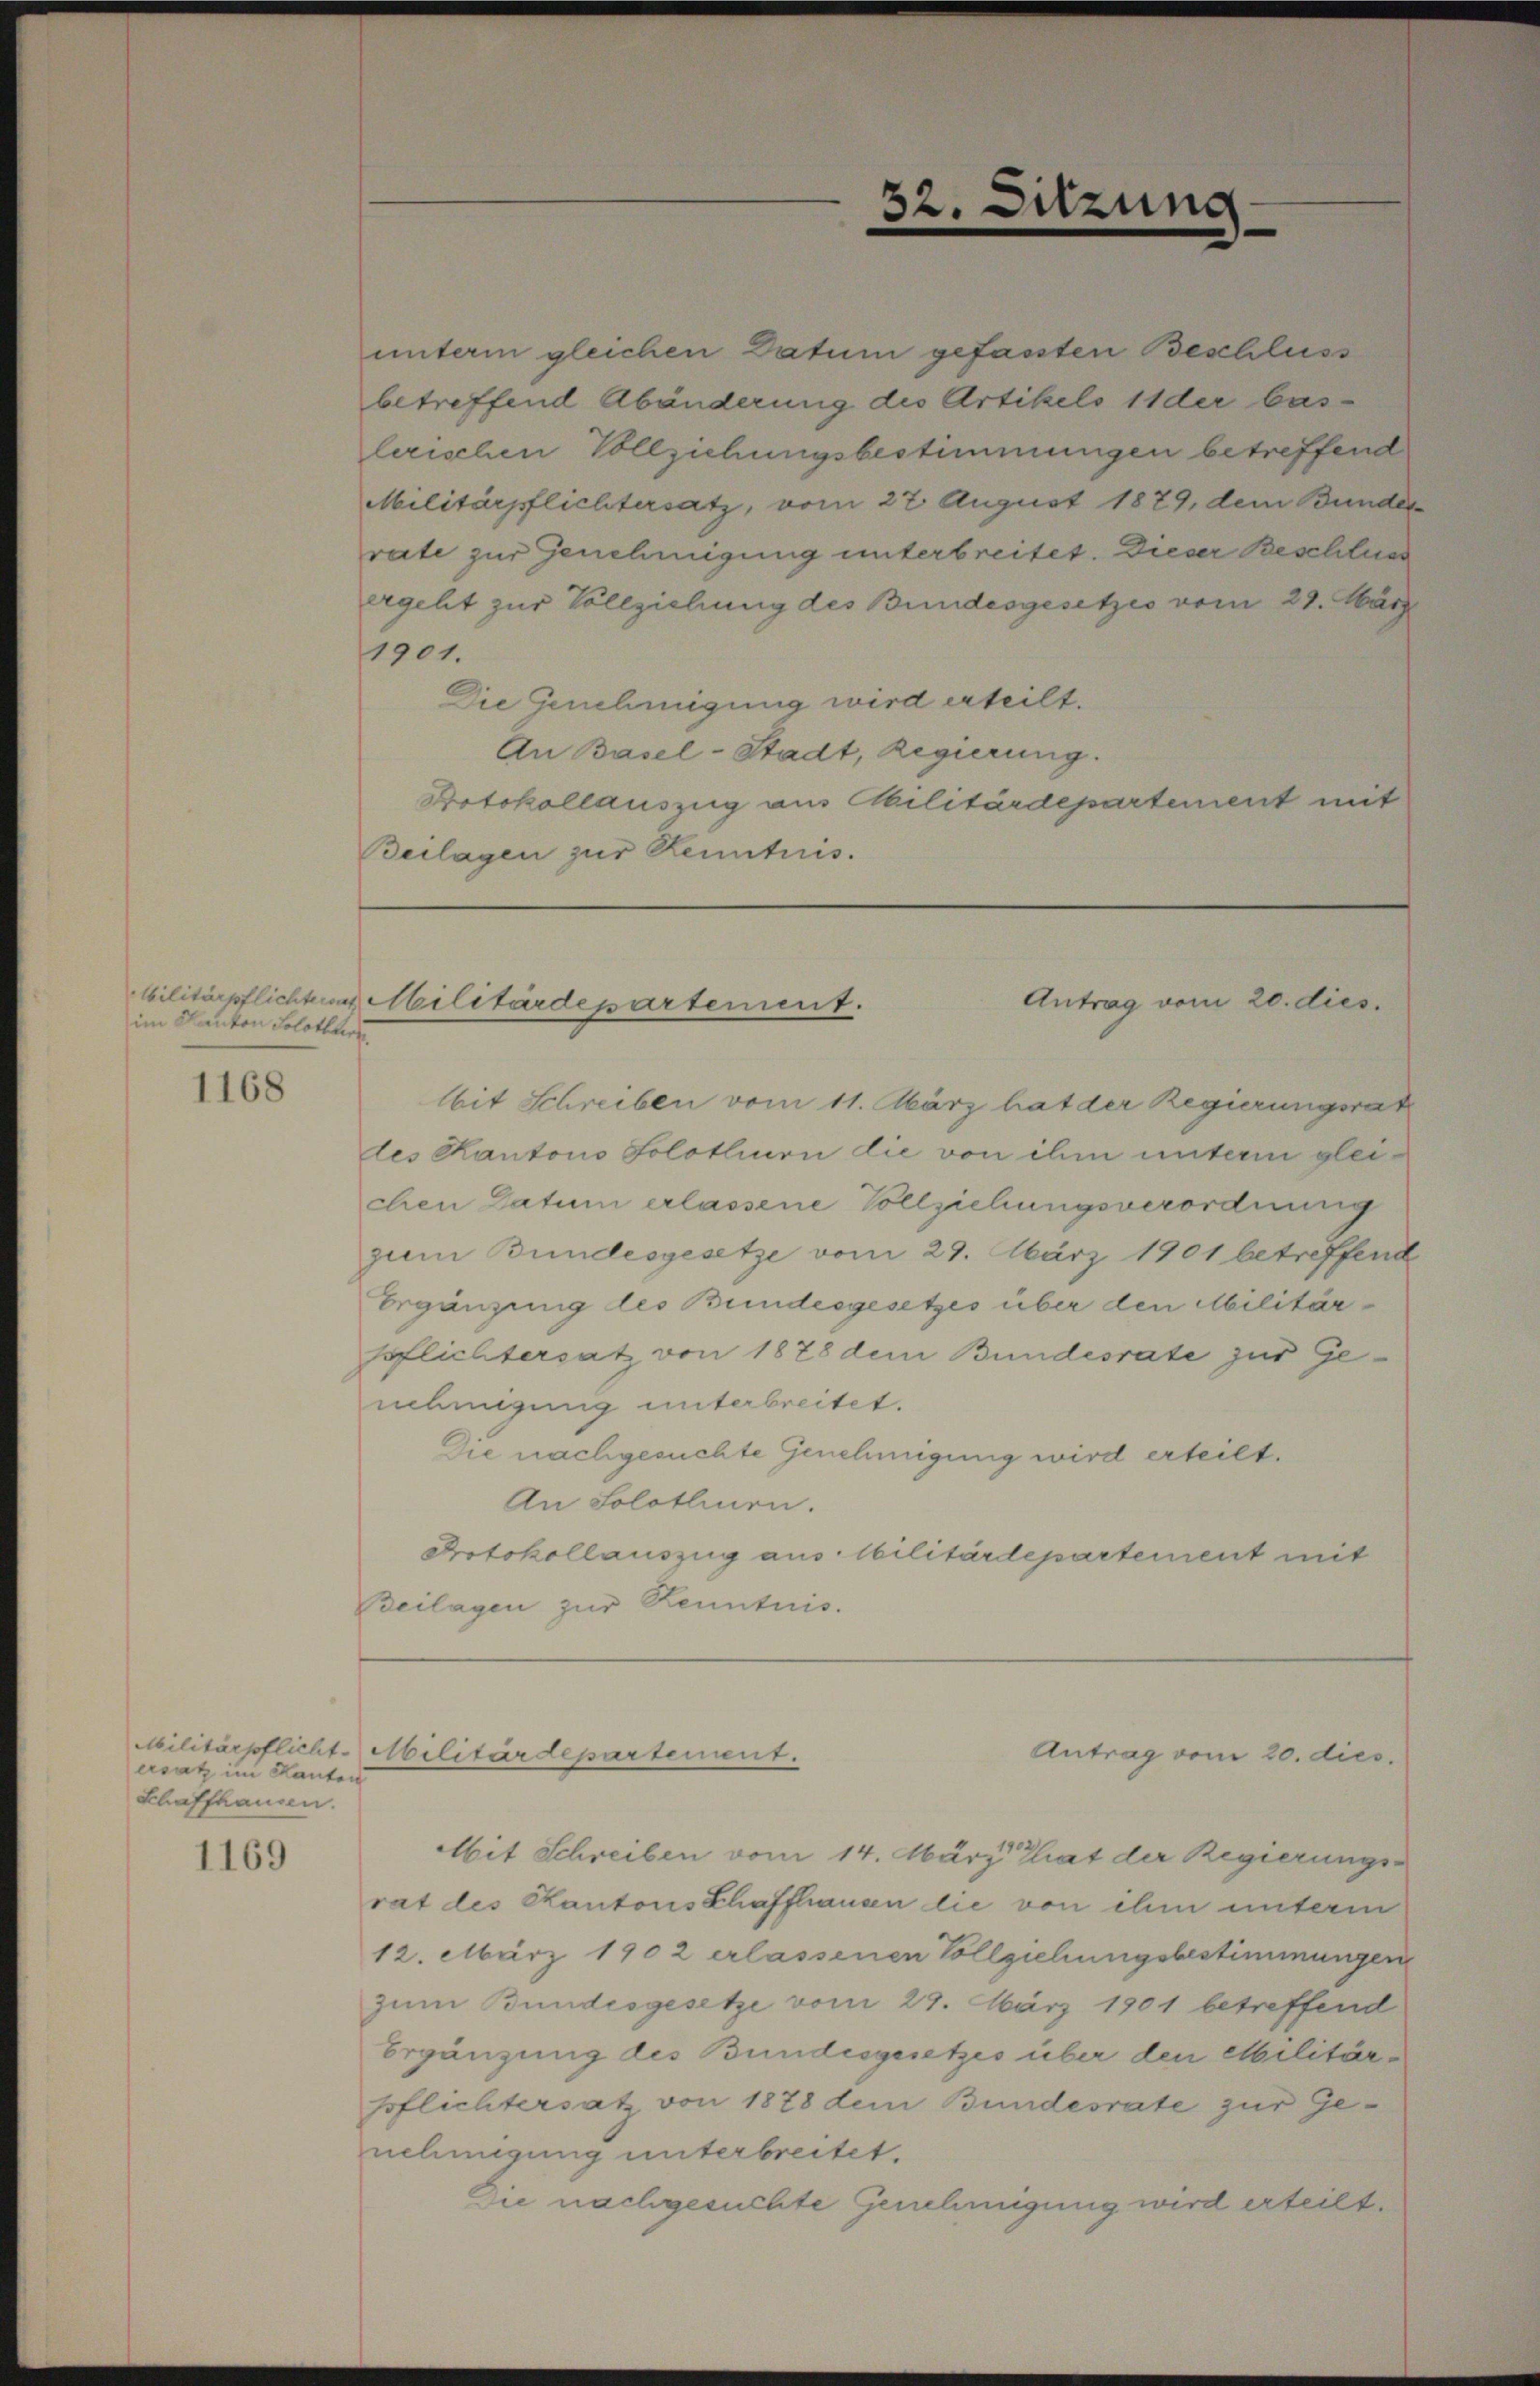
im Kanton Solothurn,

1168

ersatz im Kanton
Schaffhausen.

1169

unterm gleichen Datum gefassten Beschluss
betreffend Abänderung des Artikels 11 der bas-
lerischen Vollziehungsbestimmungen betreffend
Militärpflichtersatz, vom 27. August 1879, dem Bunder
rate zur Genehmigung unterbreitet. Dieser Beschlies
ergeht zur Vollziehung des Bundesgesetzes vom 29. März
1901.
Die Genehmigung wird erteilt.
An Basel-Stadt, Regierung.
Protokollauszug am Militärdepartement mit
Beilagen zur Kenntnis.

bilitärpflichten Militärdepartement.
Antrag vom 20. dies.

52

bit Schreiben vom 11. März hat der Regierungsrat
des Kantons Solothurn die von ihm unterm gleichen Datum erlassene Vollziehungsverordnung
zum Bundesgesetze vom 29. März 1901 betreffend
Ergänzung des Bundesgesetzes über den Militärspflichtersatz von 1878 dem Bundesrate zur Genehmigung unterbreitet.
Die nachgesuchte Genehmigung wird erteilt.
An Solothinen.
Protokollauszug aus Militärdepartement mit
Beilagen zur Kenntnis.

Militärpflicht Militärdepartement.
Antrag vom 20. dies
Mit Schreiben vom 14. März hat der Regierungs-
rat des Kantons Schaffhausen die von ihm unterm
12. März 1902 erlassenen Vollziehungsbestimmungen
zum Bundesgesetze vom 29. März 1901 betreffend
Ergänzung des Bundesgesetzes über den Militärpflichtersatz von 1878 dem Bundesrate zur Genehmigung unterbreitet.
Die nachgesuchte Genehmigung wird erteilt.

d

un